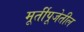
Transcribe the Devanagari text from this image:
मूर्तीपूजेतील